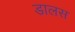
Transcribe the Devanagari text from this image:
डालस